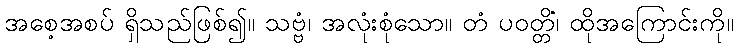
အစေ့အစပ် ရှိသည်ဖြစ်၍။ သဗ္ဗံ၊ အလုံးစုံသော။ တံ ပဝတ္တိံ၊ ထိုအကြောင်းကို။